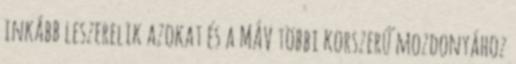
inkább leszerelik azokat és a MÁV többi korszerű mozdonyához